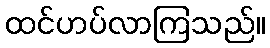
ထင်ဟပ်လာကြသည်။